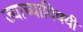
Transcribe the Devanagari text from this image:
ज्याच्याविषयी